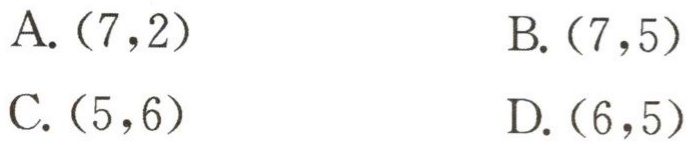
A. \((7,2)\)

B. \((7,5)\)

C. \((5,6)\)

D. \((6,5)\)